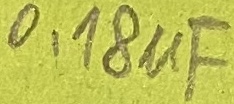
Text: 0,18µF